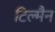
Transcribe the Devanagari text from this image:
टिल्मैन